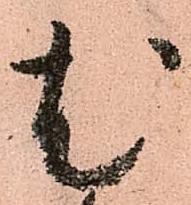
尤